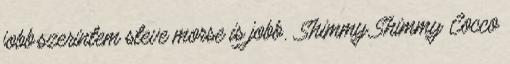
jobb.szerintem steve morse is jobb. Shimmy Shimmy Cocco